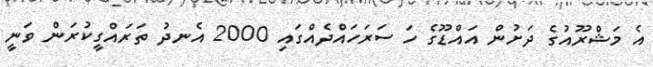
އެ މަޝްރޫއުގެ ދަށުން އައްޑޫގެ ހަ ސަރަހައްދެއްގައި 2000 އެނދު ތަރައްގީކުރަން ވަނީ